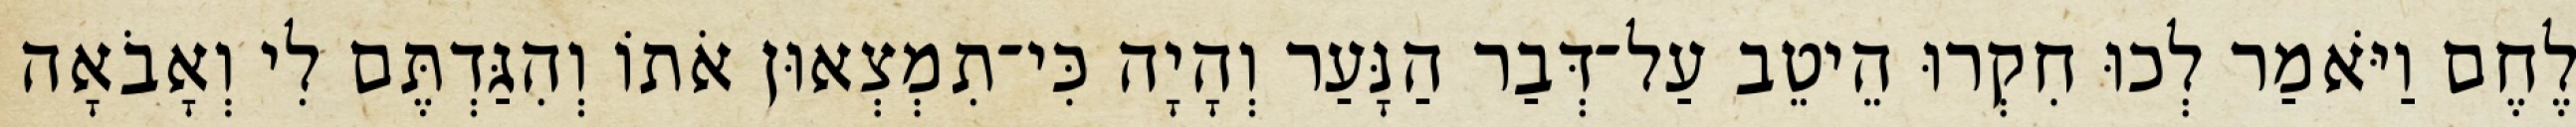
לֶחֶם וַיֹּאמַר לְכוּ חִקְרוּ הֵיטֵב עַל־דְּבַר הַנָּעַר וְהָיָה כִּי־תִמְצְאוּן אֹתוֹ וְהִגַּדְתֶּם לִי וְאָבֹאָה